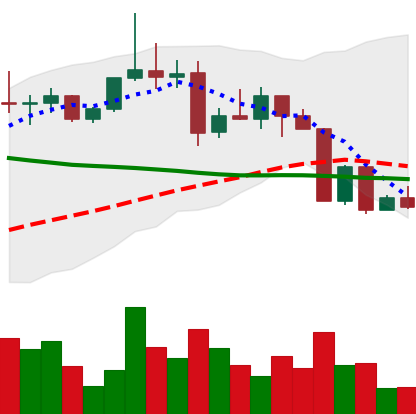
Ticker: XRP-USD
Chart end date: 2022-04-10
Forward return: 3.841%
Label: up_3_5